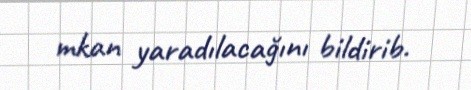
mkan yaradılacağını bildirib.